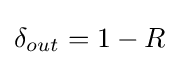
\delta _{out}=1-R